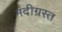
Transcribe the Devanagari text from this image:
मंदीग्रस्त